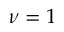
\nu = 1